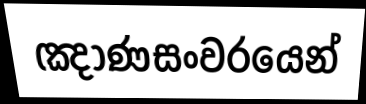
ඤාණසංවරයෙන්